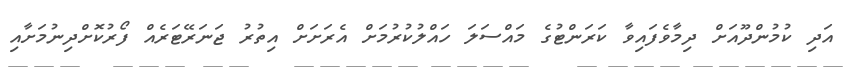
އަދި ކުމުންދޫއަށް ދިމާވެފައިވާ ކަރަންޓުގެ މައްސަލަ ހައްލުކުރުމަށް އެރަށަށް އިތުރު ޖަނަރޭޓަރެއް ފޯރުކޮށްދިނުމަށާއި